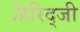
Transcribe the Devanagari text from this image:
हिरिद्जी